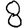
Digit: 8